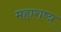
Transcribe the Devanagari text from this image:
महाराष्त्र